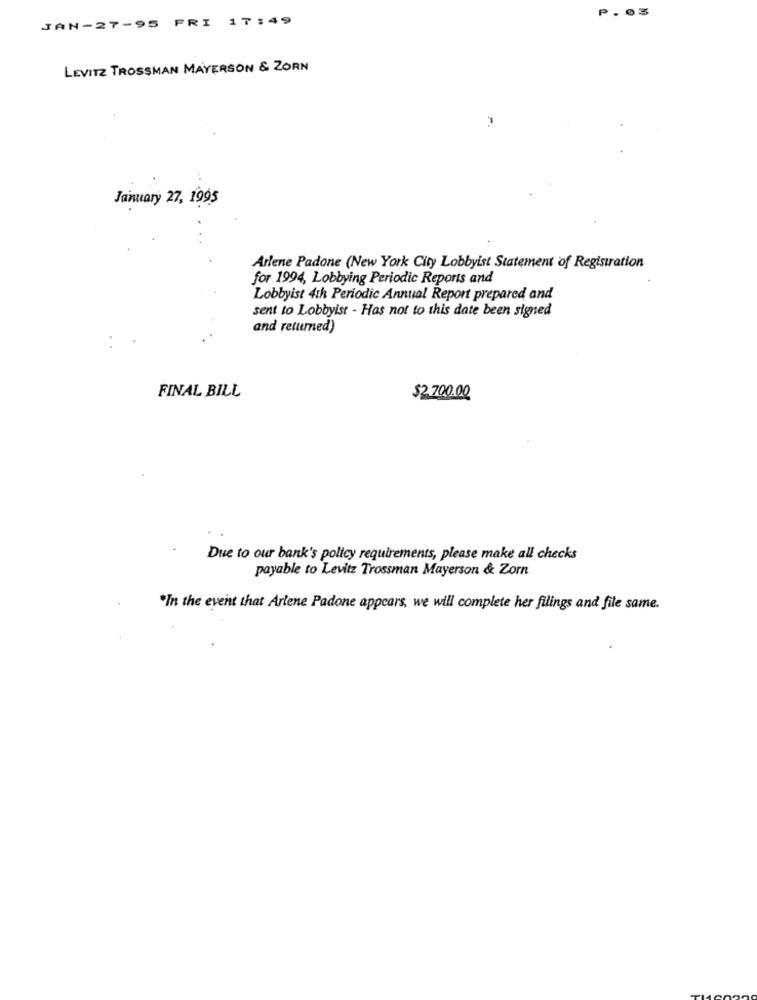
P.03
JAN-27-95 FRI 17:49
LEVITZ TROSSMAN MAYERSON & ZORN
P.
January 27, 1995
Arlene Padone (New York City Lobbyist Statement of Registration
for 1994, Lobbying Periodic Reports and
Lobbyist 4th Periodic Annual Report prepared and
sent to Lobbyist - Has not to this date been signed
and retumed)
FINAL BILL
$2.700.00
Due to our bank's policy requirements, please make all checks
payable to Levitz Trossman Mayerson & Zorn
"In the event that Arlene Padone appears, we will complete her filings and file same.